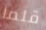
قلما